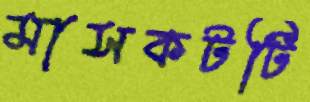
মাসকটটি